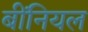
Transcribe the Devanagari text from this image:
बींनियल